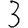
Digit: 3